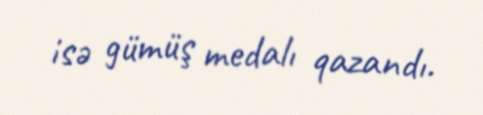
isə gümüş medalı qazandı.